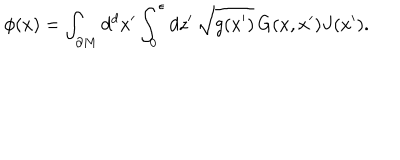
\phi ( x ) = \int _ { \partial M } d ^ { d } x ^ { \prime } \int _ { 0 } ^ { \epsilon } d z ^ { \prime } \, \sqrt { g ( x ^ { \prime } ) } \, G ( x , x ^ { \prime } ) J ( x ^ { \prime } ) .